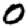
Digit: 0